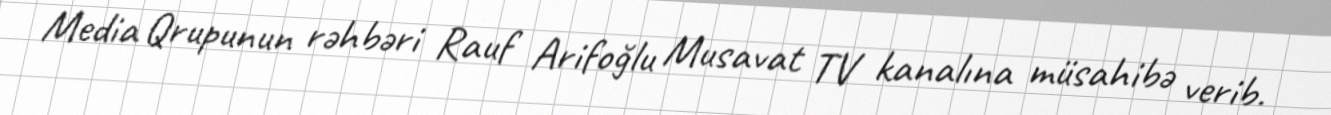
Media Qrupunun rəhbəri Rauf Arifoğlu Musavat TV kanalına müsahibə verib.